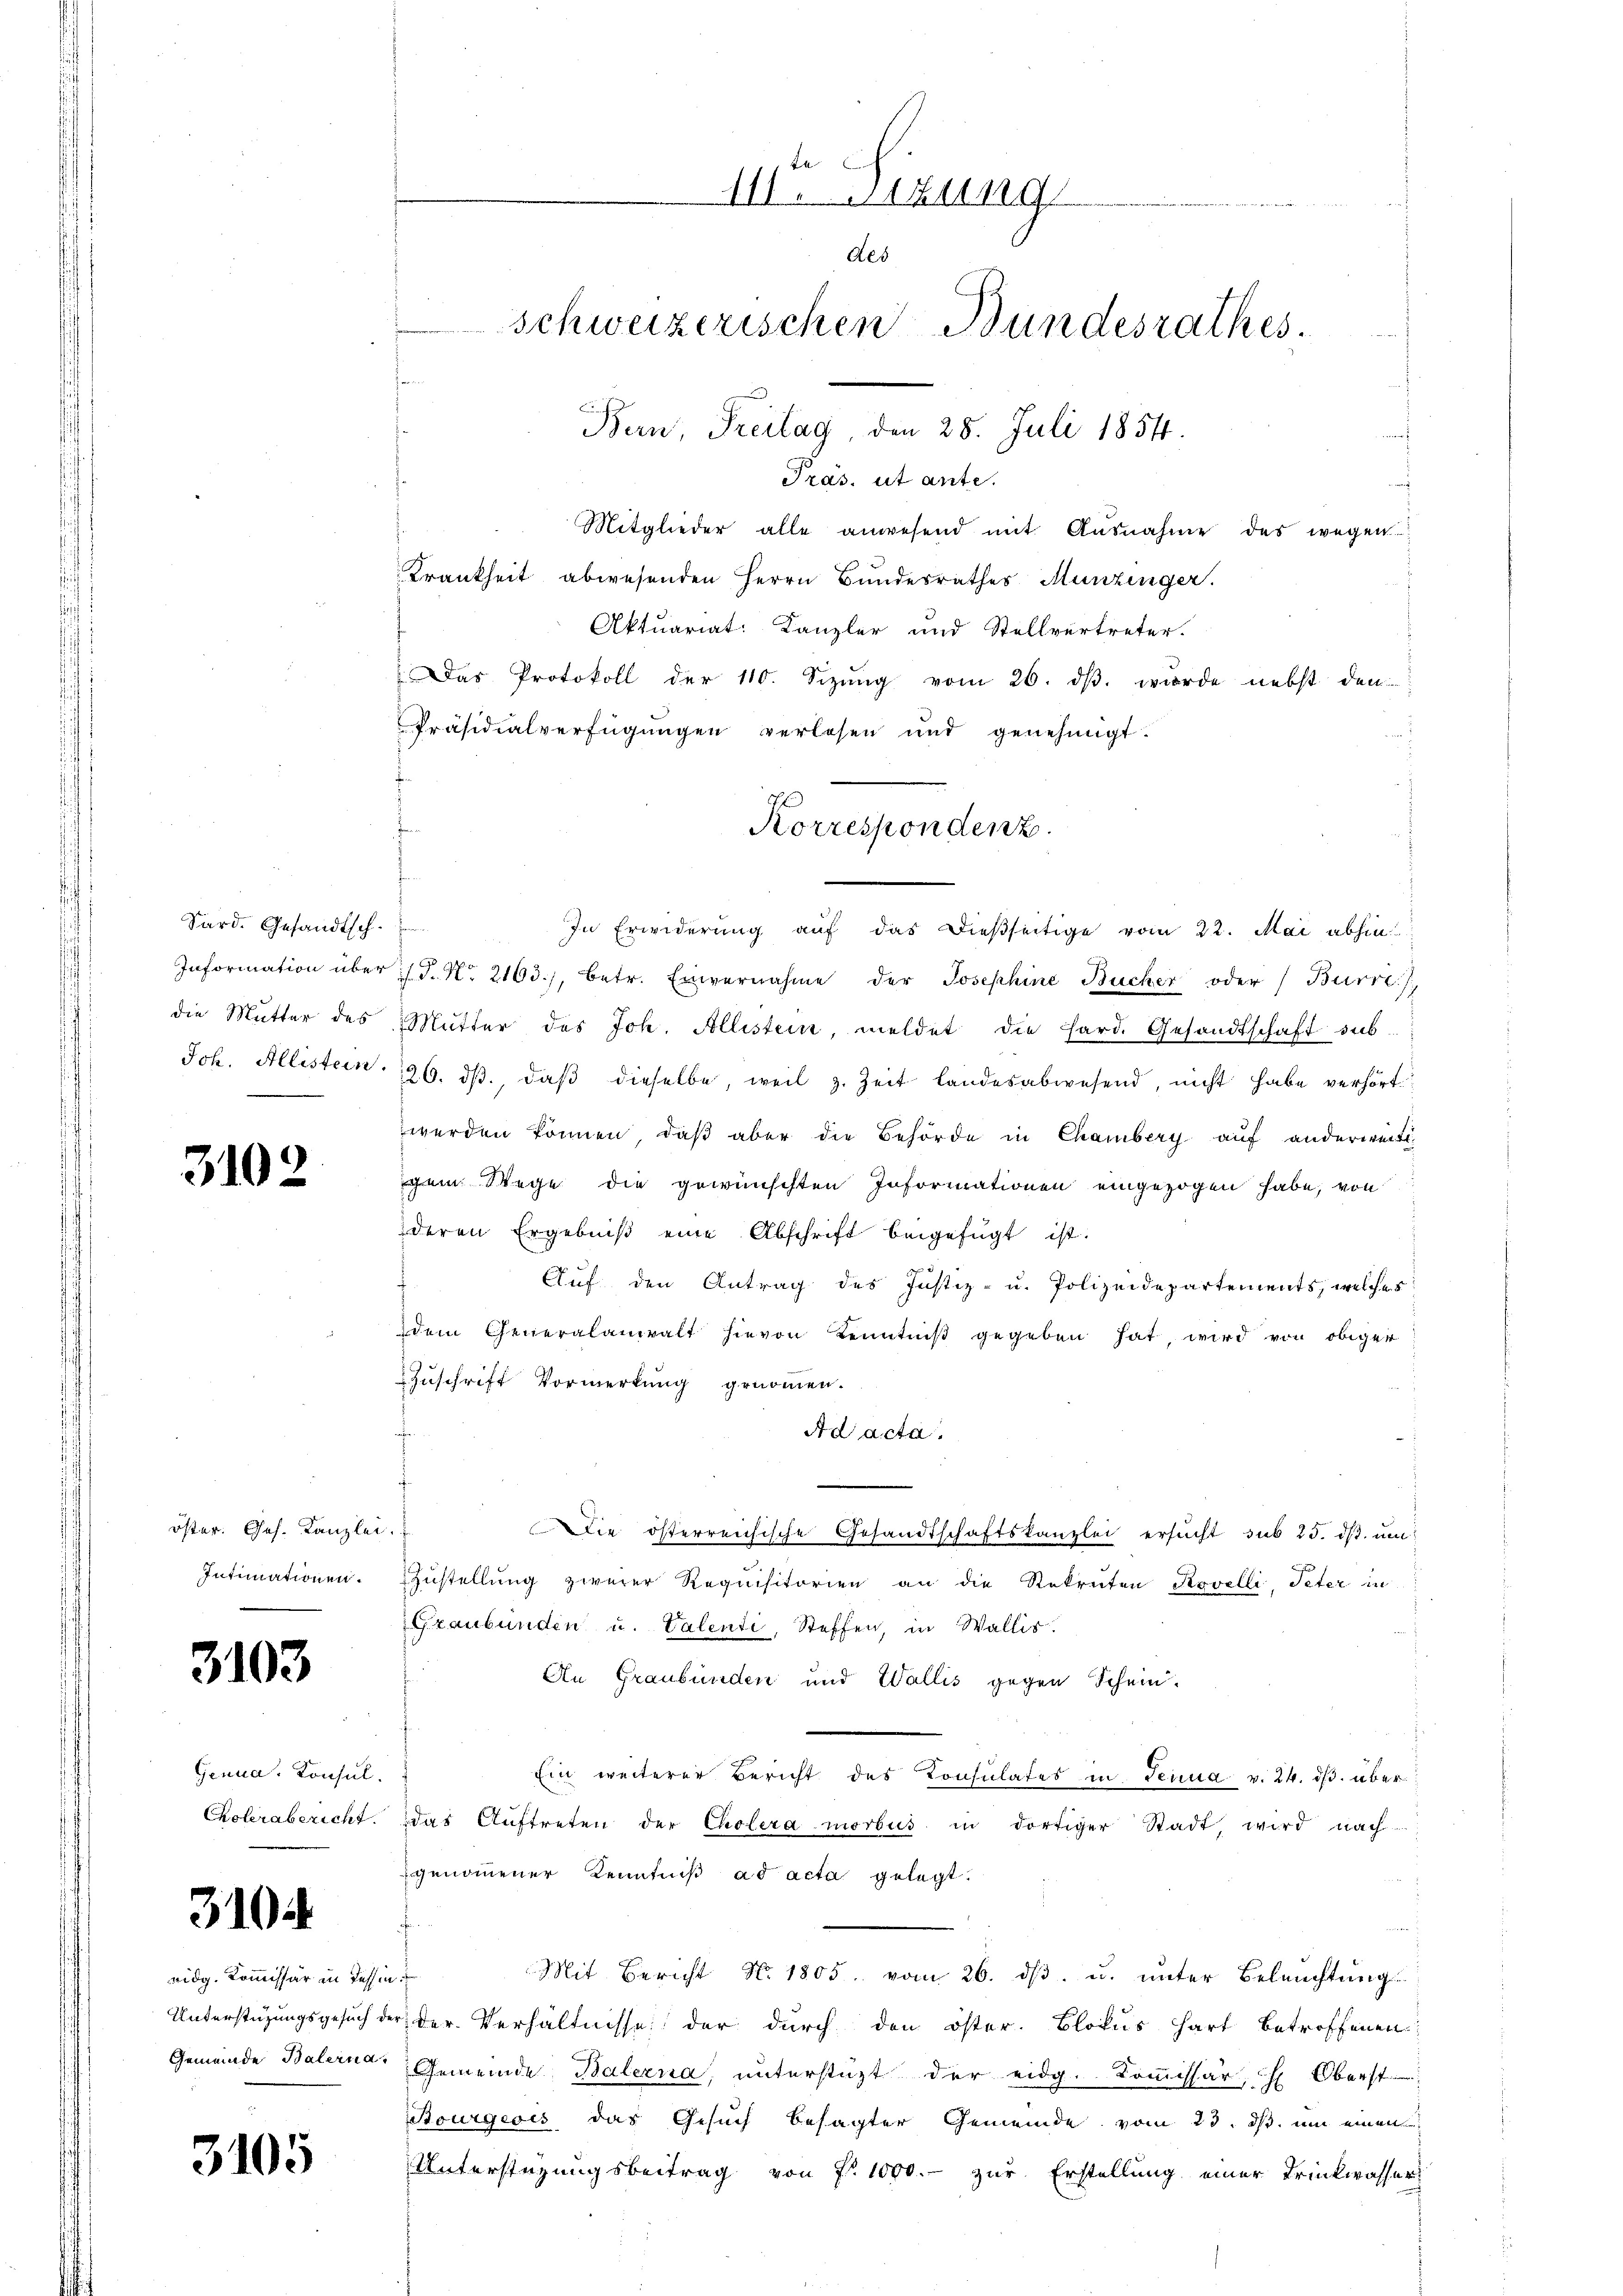
Sard. Gesandtsch.
Joh. Allistein.

3102

öster. Ges. Kanzlei.
Intimationen.

3103

Genua, Konsul

3104

ridg. Kommissär in Tessin

3105

In Erwiderung auf das dießseitige vom 22. Mai abhin
Information über :/. N. 2163), betr. Einvernahme der Josephine Bücher oder Burre
die Mutter des Mutter des Joh. Allistein, meldet die hard. Gesandtschaft sub.
26. dβ, daβ dieselbe, weil z. Zeit landesabwesend, nicht habe verhört
werden können, daβ aber die Behörde in Chamberg auf anderweitigem Wege die gewünschten Informationen eingezogen habe, von
deren Ergebniβ eine Abschrift beigefügt ist.
Auf den Antrag des Justiz- u. Polizeidepartements, welches
dem Generalanwalt hievon Kenntniβ gegeben hat, wird von obiger
Zuschrift Vormerkung genommen.
f
Ad acta.
Die österreichische Gesandtschaftskanzlei ersŭcht sub 25. dβ. ŭm
ZZustellung zweier Requisitorien an die Rekruten Rovelli, Peter in
Graubünden u. Valenti, Steffen, in Wallis.
An Graubünden und Wallis gegen Schein-
Ein weiterer Bericht des Konsulates in Genua v. 24. ds. über¬
Cholerabericht das Auftreten der Cholera morbus in dortiger Stadt, wird nach
genommener Kenntniß ad acta gelegt.
Mit Bericht No. 1805. vom 26. dβ. u. ŭnter Beleŭchtŭngs
Unterstüzungsgesuch der der Verhältnisse der durch den öster. Blocus hart betroffenen
Gemeinde Balerne Gemeinde Balerna, unterstüzt der eidg. Kommissär, Oberst
Stourgeois das Gesuch besagter Gemeinde vom 23. ds. um einen
Unterstüzungsbeitrag von fr. 1000.- zur Erstellung einer Trinkwasser

Präsidialverfügungen verlesen und genehmigt.

111. Sitzung
e
des
schweizerischen Bundesrathes
Bern, Freitag, den 28. Juli 1854.
Präs. ut ante.
Mitglieder alle anwesend mit Ausnahme des wegen
Krankheit abwesenden Herrn Bundesrathes Munzinger.
Aktuariat: Kanzler und Stellvertreter.
Das Protokoll der 110. Sizung vom 26. ds. wurde nebst den

Korrespondenz